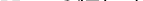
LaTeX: \smash{\mathbb{X}=\cup_{i=1}^{L}A_{i}}